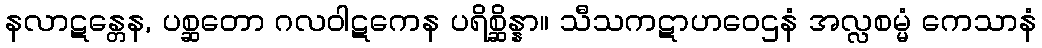
နလာဋန္တေန, ပစ္ဆတော ဂလဝါဋကေန ပရိစ္ဆိန္နာ။ သီသကဋာဟဝေဌနံ အလ္လစမ္မံ ကေသာနံ